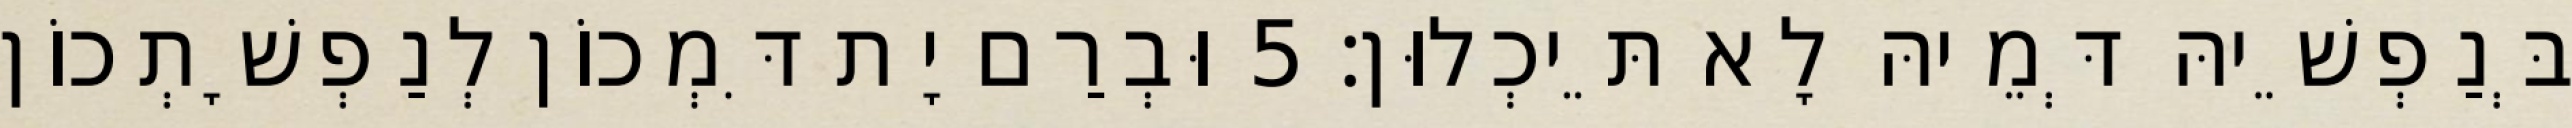
בְּנַפְשֵׁיהּ דְּמֵיהּ לָא תֵּיכְלוּן׃ 5 וּבְרַם יָת דִּמְכוֹן לְנַפְשָׁתְכוֹן